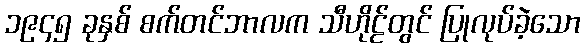
၁၉၄၅ ခုနှစ် စက်တင်ဘာလက သီဟိုဠ်တွင် ပြုလုပ်ခဲ့သော